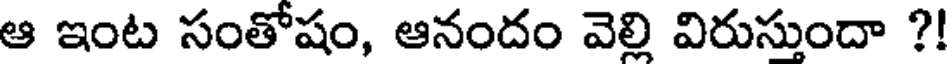
ఆ ఇంట సంతోషం, ఆనందం వెల్లి విరుస్తుందా ?!